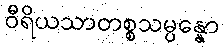
ဝီရိယသာတစ္စသမ္ပန္နော